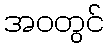
အဝတွင်